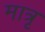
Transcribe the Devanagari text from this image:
मात्रृ